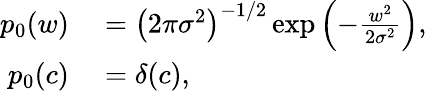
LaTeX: \begin{array}{rl}{p_{0}(w)}&{{}=\bigl(2\pi\sigma^{2}\bigr)^{-1/2}\exp\left(-\frac{w^{2}}{2\sigma^{2}}\right),}\\ {p_{0}(c)}&{{}=\delta(c),}\end{array}